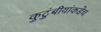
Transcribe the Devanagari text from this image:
कुटुंबीयांकडेच